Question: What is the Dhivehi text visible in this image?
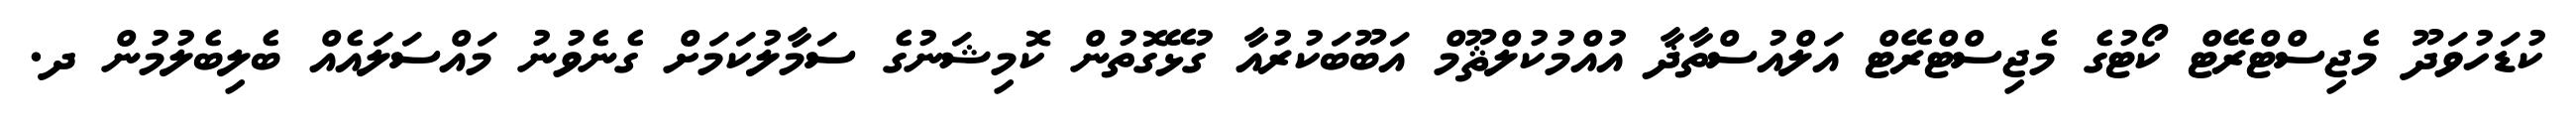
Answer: ކުޑަހުވަދޫ މެޖިސްޓްރޭޓް ކޯޓުގެ މެޖިސްޓްރޭޓް އަލްއުސްތާޛާ އުއްމުކުލްޘޫމް އަބޫބަކުރުއާ ގުޅޭގޮތުން ކޮމިޝަނުގެ ސަމާލުކަމަށް ގެނެވުނު މައްސަލައެއް ބެލިބެލުމުން ދ.